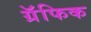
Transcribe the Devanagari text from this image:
ग्रॅफिक